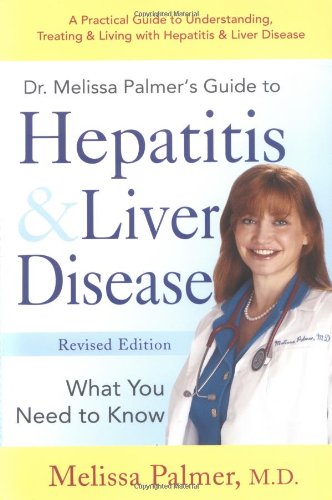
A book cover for Dr. Melissa Palmer's Guide To Hepatitis and Liver Disease; Melissa Palmer; Health, Fitness & Dieting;